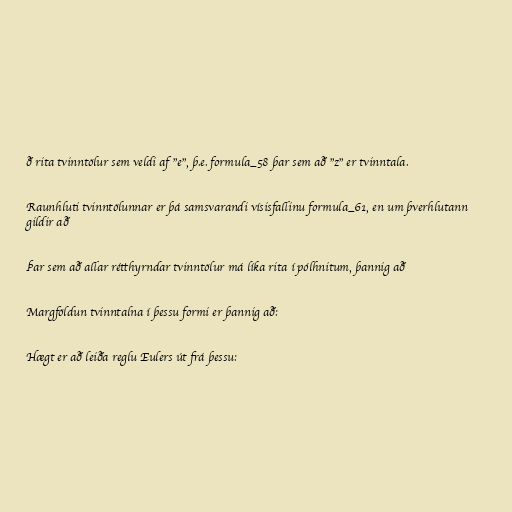
ð rita tvinntölur sem veldi af "e", þ.e. formula_58 þar sem að "z" er tvinntala.

Raunhluti tvinntölunnar er þá samsvarandi vísisfallinu formula_61, en um þverhlutann
gildir að

Þar sem að allar rétthyrndar tvinntölur má líka rita í pólhnitum, þannig að

Margföldun tvinntalna í þessu formi er þannig að:

Hægt er að leiða reglu Eulers út frá þessu: